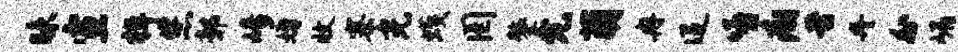
昧宣棹您鄣崎婚收寨光蠖罔鏊允萌冉迢嘻痢昔丹外嵋